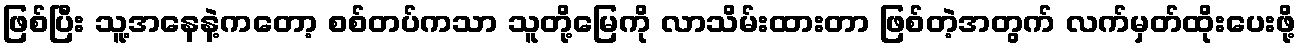
ဖြစ်ပြီး သူ့အနေနဲ့ကတော့ စစ်တပ်ကသာ သူတို့မြေကို လာသိမ်းထားတာ ဖြစ်တဲ့အတွက် လက်မှတ်ထိုးပေးဖို့